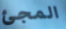
المجئ